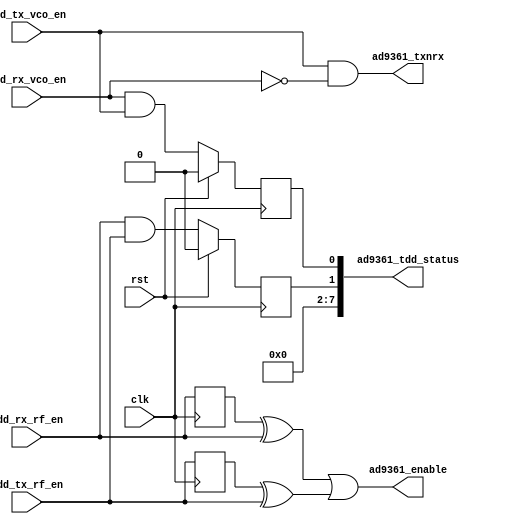
// ***************************************************************************
// ***************************************************************************
// Copyright (C) 2014-2023 Analog Devices, Inc. All rights reserved.
//
// In this HDL repository, there are many different and unique modules, consisting
// of various HDL (Verilog or VHDL) components. The individual modules are
// developed independently, and may be accompanied by separate and unique license
// terms.
//
// The user should read each of these license terms, and understand the
// freedoms and responsibilities that he or she has by using this source/core.
//
// This core is distributed in the hope that it will be useful, but WITHOUT ANY
// WARRANTY; without even the implied warranty of MERCHANTABILITY or FITNESS FOR
// A PARTICULAR PURPOSE.
//
// Redistribution and use of source or resulting binaries, with or without modification
// of this file, are permitted under one of the following two license terms:
//
//   1. The GNU General Public License version 2 as published by the
//      Free Software Foundation, which can be found in the top level directory
//      of this repository (LICENSE_GPL2), and also online at:
//      <https://www.gnu.org/licenses/old-licenses/gpl-2.0.html>
//
// OR
//
//   2. An ADI specific BSD license, which can be found in the top level directory
//      of this repository (LICENSE_ADIBSD), and also on-line at:
//      https://github.com/analogdevicesinc/hdl/blob/main/LICENSE_ADIBSD
//      This will allow to generate bit files and not release the source code,
//      as long as it attaches to an ADI device.
//
// ***************************************************************************
// ***************************************************************************

`timescale 1ns/1ps

module axi_ad9361_tdd_if #(
  parameter       LEVEL_OR_PULSE_N = 0
) (
  input                   clk,
  input                   rst,

  // control signals from the tdd control

  input                   tdd_rx_vco_en,
  input                   tdd_tx_vco_en,
  input                   tdd_rx_rf_en,
  input                   tdd_tx_rf_en,

  // device interface

  output                  ad9361_txnrx,
  output                  ad9361_enable,

  // interface status

  output      [ 7:0]      ad9361_tdd_status
);

  localparam      PULSE_MODE = 0;
  localparam      LEVEL_MODE = 1;

  // internal registers

  reg             tdd_vco_overlap = 1'b0;
  reg             tdd_rf_overlap = 1'b0;

  wire            ad9361_txnrx_s;
  wire            ad9361_enable_s;

  // just one VCO can be enabled at a time
  assign ad9361_txnrx_s = tdd_tx_vco_en & ~tdd_rx_vco_en;

  generate
  if (LEVEL_OR_PULSE_N == PULSE_MODE) begin
    reg  tdd_rx_rf_en_d = 1'b0;
    reg  tdd_tx_rf_en_d = 1'b0;
    always @(posedge clk) begin
      tdd_rx_rf_en_d <= tdd_rx_rf_en;
      tdd_tx_rf_en_d <= tdd_tx_rf_en;
    end
    assign ad9361_enable_s = (tdd_rx_rf_en_d ^ tdd_rx_rf_en) ||
                             (tdd_tx_rf_en_d ^ tdd_tx_rf_en);
  end else
    assign ad9361_enable_s = (tdd_rx_rf_en | tdd_tx_rf_en);
  endgenerate

  always @(posedge clk) begin
    if (rst == 1'b1) begin
      tdd_vco_overlap <= 1'b0;
      tdd_rf_overlap <= 1'b0;
    end else begin
      tdd_vco_overlap <= tdd_rx_vco_en & tdd_tx_vco_en;
      tdd_rf_overlap <= tdd_rx_rf_en & tdd_tx_rf_en;
    end
  end

  assign ad9361_tdd_status = {6'b0, tdd_rf_overlap, tdd_vco_overlap};

  assign ad9361_txnrx = ad9361_txnrx_s;
  assign ad9361_enable = ad9361_enable_s;

endmodule